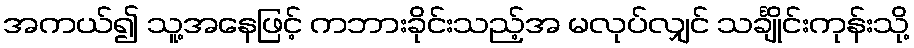
အကယ်၍ သူ့အနေဖြင့် ကဘားခိုင်းသည့်အ မလုပ်လျှင် သင်္ချိုင်းကုန်းသို့